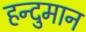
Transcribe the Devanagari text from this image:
हन्दुमान